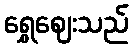
ရွှေဈေးသည်